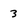
Character: 3